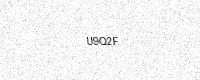
Text: U9Q2F